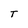
Character: T